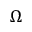
\Omega